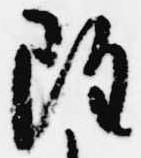
雖